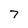
Character: 7